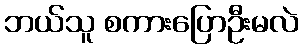
ဘယ်သူ စကားပြောဦးမလဲ